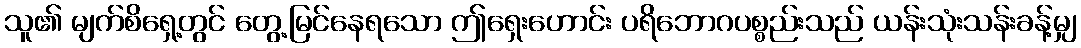
သူ၏ မျက်စိရှေ့တွင် တွေ့မြင်နေရသော ဤရှေးဟောင်း ပရိဘောဂပစ္စည်းသည် ယန်းသုံးသန်းခန့်မျှ